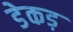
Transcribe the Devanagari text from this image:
डेकड़